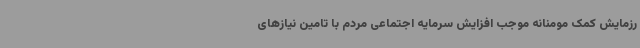
رزمایش کمک مومنانه موجب افزایش سرمایه اجتماعی مردم با تامین نیازهای